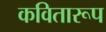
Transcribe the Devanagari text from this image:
कवितारूप